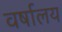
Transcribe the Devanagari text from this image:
वर्षालय